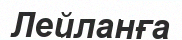
Лейланға